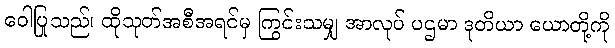
ဝေါပြုသည်၊ ထိုသုတ်အစီအရင်မှ ကြွင်းသမျှ အာလုပ် ပဌမာ ဒုတိယာ ယောတို့ကို